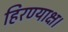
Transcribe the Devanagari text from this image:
हिरण्याक्ष।